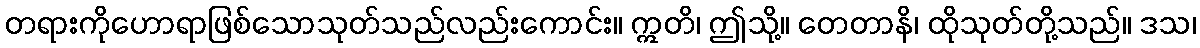
တရားကိုဟောရာဖြစ်သောသုတ်သည်လည်းကောင်း။ ဣတိ၊ ဤသို့။ တေတာနိ၊ ထိုသုတ်တို့သည်။ ဒသ၊